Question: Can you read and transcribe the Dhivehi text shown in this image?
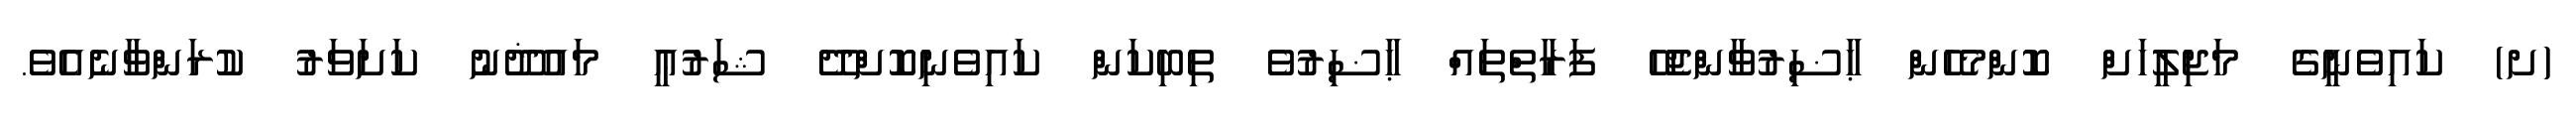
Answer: (ށ) ކައިވެނީގެ މަޖިލީހަށް ކޮންމެހެން ޙާޟިރުވާންޖެހޭ ފަރާތްތައް ޙާޟިރުވެ ތިބިކަން ކައިވެނިކޮށްދޭ ޝަރުޢީ މައުޛޫނު ކަށަވަރު ކުރަންވާނެއެވެ.